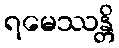
ရမေဿန္တိ